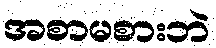
အစာမစားဘဲ